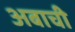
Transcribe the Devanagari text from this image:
अबाची